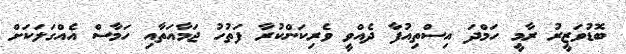
ބޮޑުވަޒީރު ރާމީ ހަމްދަ އިސްތިއުފާ ދެއްވީ ވެރިކަންކުރާ ފަތުހު ޖަމާއަތާއި ހަމާސް އެއްގަލަކަށް